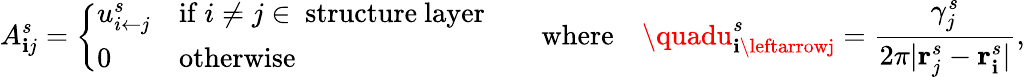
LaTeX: A_{\mathbf{i}j}^{s}=\left\{ \begin{array}{ll}{u_{{i}\leftarrow{j}}^{s}}&{\mathrm{if~}i\neq j\in~\mathrm{structure~layer}}\\ {0}&{\mathrm{otherwise}}\end{array}\right.\quad\quad\mathrm{{where}}\quad\quadu_{\mathbf{i}\leftarrowj}^{s}=\frac{{\gamma_{j}^{s}}}{{2\pi\vert\mathbf{{r}}_{j}^{s}-\mathbf{{r}}_{\mathbf{i}}^{s}\vert}},